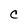
Character: C